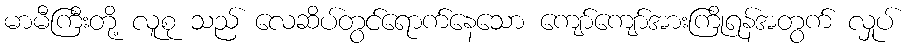
မာမီကြီးတို့ လူစု သည် လေဆိပ်တွင်ရောက်နေသော ကျော်ကျော်အားကြိုရန်အတွက် လှုပ်